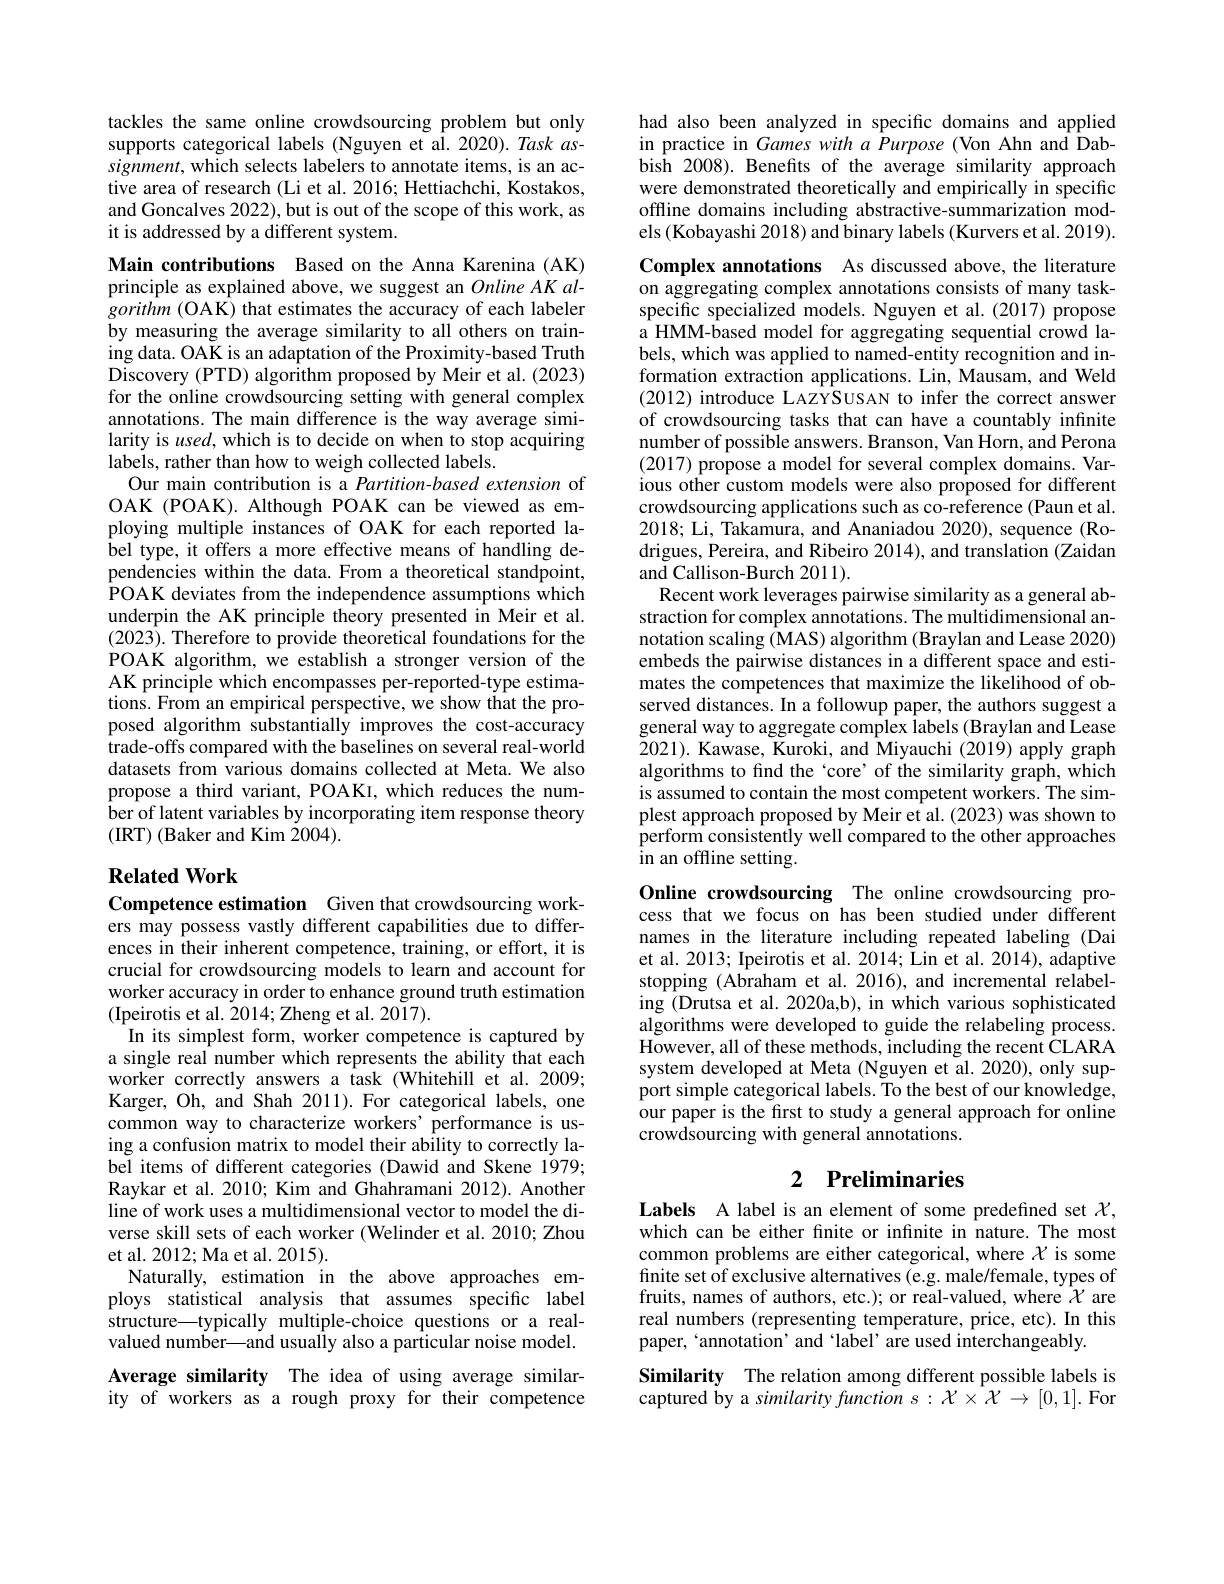
tackles the same online crowdsourcing problem but only supports categorical labels (Nguyen et al.2020).Task as- $signment$, which selects labelers to annotate items, is an active area of research (Li et al. 2016; Hettiachchi, Kostakos, and Goncalves 2022), but is out of the scope of this work, as it is addressed by a different system.

Main contributions Based on the Anna Karenina (AK) principle as explained above, we suggest an Online AK algorithm (OAK) that estimates the accuracy of each labeler by measuring the average similarity to all others on training data. OAK is an adaptation of the Proximity-based Truth ${\mathrm{Discovery~(PTD)~algorithm~proposed~by~Meir~et~al.~(2023)}}$ for the online crowdsourcing setting with general complex annotations. The main difference is the way average similarity is used, which is to decide on when to stop acquiring labels, rather than how to weigh collected labels.
Our main contribution is a Partition-based extension of OAK (POAK). Although POAK can be viewed as employing multiple instances of OAK for each reported label type, it offers a more effective means of handling dependencies within the data. From a theoretical standpoint, $\hat{\text{POAK deviates from the independence assumptions which}}$ underpin the AK principle theory presented in Meir et al. (2023). Therefore to provide theoretical foundations for the POAK algorithm, we establish a stronger version of the AK principle which encompasses per-reported-type estima- $\hat{\text{tions. From an empirical perspective, we show that the pro-}}$ posed algorithm substantially improves the cost-accuracy trade-offs compared with the baselines on several real-world datasets from various domains collected at Meta. We also propose a third variant, POAKI, which reduces the number of latent variables by incorporating item response theory (IRT) (Baker and Kim 2004).

## $\textbf{Related Work}$

Competence estimation Given that crowdsourcing workers may possess vastly different capabilities due to differences in their inherent competence, training, or effort, it is crucial for crowdsourcing models to learn and account for worker accuracy in order to enhance ground truth estimation (Ipeirotis et al. 2014; Zheng et al. 2017).
In its simplest form, worker competence is captured by a single real number which represents the ability that each worker correctly answers a task (Whitehill et al.2009; Karger, Oh, and Shah 2011). For categorical labels, one common way to characterize workers'performance is using a confusion matrix to model their ability to correctly label items of different categories (Dawid and Skene 1979; Raykar et al. 2010; Kim and Ghahramani 2012). Another line of work uses a multidimensional vector to model the diverse skill sets of each worker (Welinder et al. 2010; Zhou et al. 2012; Ma et al. 2015).
Naturally, estimation in the above approaches employs statistical analysis that assumes specific label structure—typically multiple-choice questions or a realvalued number—and usually also a particular noise model. Average similarity The idea of using average similarity of workers as a rough proxy for their competence

had also been analyzed in specific domains and applied in practice in Games with a Purpose (Von Ahn and Dabbish 2008). Benefts of the average similarity approach were demonstrated theoretically and empirically in specific offline domains including abstractive-summarization models (Kobayashi 2018) and binary labels (Kurvers et al. 2019).

Complex annotations As discussed above, the literature on aggregating complex annotations consists of many taskspecific specialized models. Nguyen et al.(2017) propose a HMM-based model for aggregating sequential crowd labels, which was applied to named-entity recognition and information extraction applications. Lin, Mausam, and Weld (2012) introduce LAZYSUSAN to infer the correct answer of crowdsourcing tasks that can have a countably infinite number of possible answers. Branson, Van Horn, and Perona (2017) propose a model for several complex domains. Various other custom models were also proposed for different crowdsourcing applications such as co-reference (Paun et al. 2018; Li, Takamura, and Ananiadou 2020), sequence(Rodrigues, Pereira, and Ribeiro 2014), and translation (Zaidan and Callison-Burch 2011).
Recent work leverages pairwise similarity as a general abstraction for complex annotations. The multidimensional annotation scaling (MAS) algorithm (Braylan and Lease 2020) embeds the pairwise distances in a different space and estimates the competences that maximize the likelihood of observed distances. In a followup paper, the authors suggest a general way to aggregate complex labels (Braylan and Lease 2021). Kawase, Kuroki, and Miyauchi (2019) apply graph algorithms to find the `core' of the similarity graph, which is assumed to contain the most competent workers. The simplest approach proposed by Meir et al. (2023) was shown to perform consistently well compared to the other approaches in an offline setting.
Online crowdsourcing The online crowdsourcing process that we focus on has been studied under different

names in the literature including repeated labeling (Dai et al. 2013; Ipeirotis et al. 2014; Lin et al. 2014), adaptive stopping (Abraham et al.2016), and incremental relabeling (Drutsa et al. 2020a,b), in which various sophisticated algorithms were developed to guide the relabeling process. However, all of these methods, including the recent CLARA system developed at Meta (Nguyen et al.2020), only support simple categorical labels. To the best of our knowledge, our paper is the first to study a general approach for online crowdsourcing with general annotations.

## 2 Preliminaries

Labels A label is an element of some predefined set $\chi$, which can be either fnite or infinite in nature. The most common problems are either categorical, where $\chi$ is some finite set of exclusive alternatives (e.g. male/female, types of fruits, names of authors, etc.); or real-valued, where $\mathcal{X}$ are real numbers (representing temperature, price, etc). In this paper, 'annotation' and 'label' are used interchangeably.
Similarity The relation among different possible labels is captured by a similarity function $s:\mathcal{X}\times\mathcal{X}\to[0,1].$ For